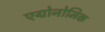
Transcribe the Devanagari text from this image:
एग्रोनोमिक